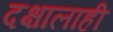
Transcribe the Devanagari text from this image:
दक्षालाही